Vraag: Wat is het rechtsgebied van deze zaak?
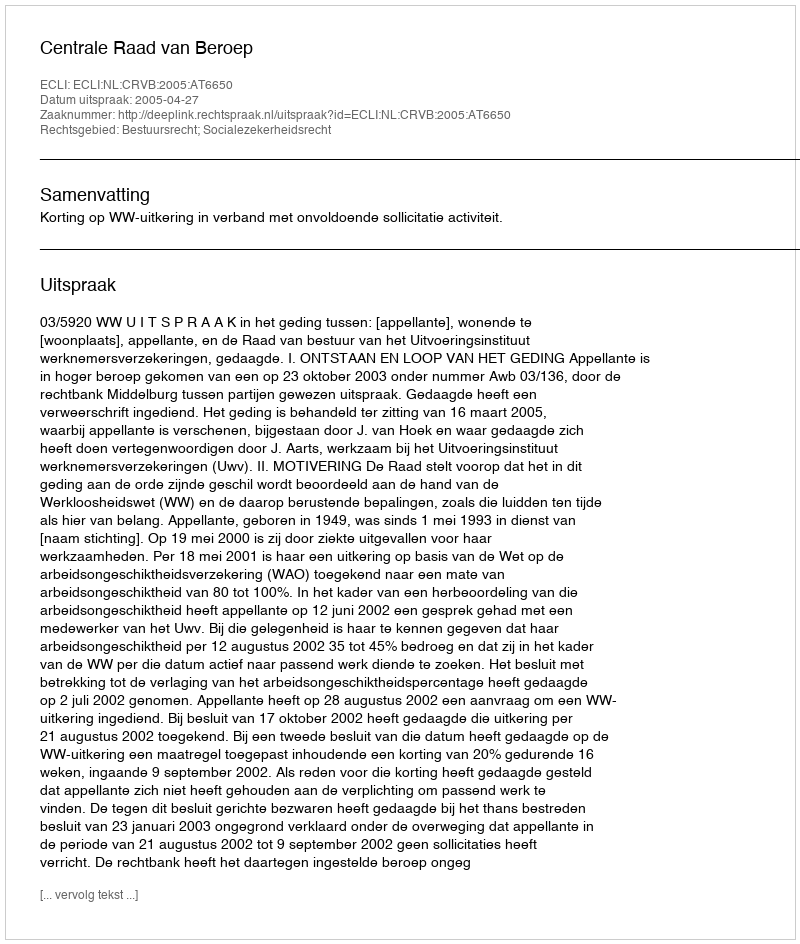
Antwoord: Bestuursrecht; Socialezekerheidsrecht